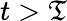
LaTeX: t>\mathfrak{T}